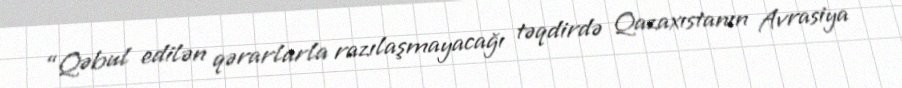
“Qəbul edilən qərarlarla razılaşmayacağı təqdirdə Qazaxıstanın Avrasiya